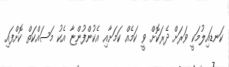
ކަނޑައިލުމަކީ ވަރަށް ދެރަކޮށް ވީ ކަމެއް ކަމަށާއި އެކުންފުންޏާ އެކު މަސައްކަތް ކޮށްފައި